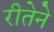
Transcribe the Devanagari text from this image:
रीतेने